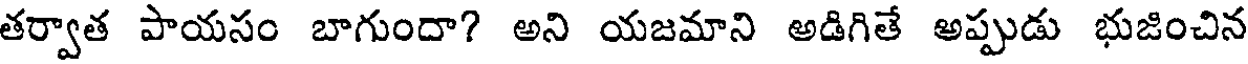
తర్వాత పాయసం బాగుందా? అని యజమాని అడిగితే అప్పుడు భుజించిన